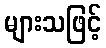
များသဖြင့်